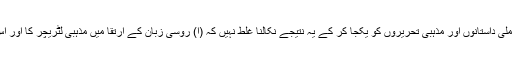
اس سے پیشتر کی نثر و نظم ملی داستانوں اور مذہبی تحریروں کو یکجا کر کے یہ نتیجے نکالنا غلط نہیں کہ (ا) روسی زبان کے ارتقا میں مذہبی لٹریچر کا اور اس کے عالموں کا بڑا ہاتھ رہا۔